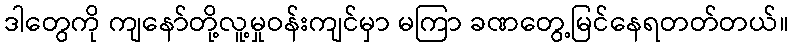
ဒါတွေကို ကျနော်တို့လူ့မှုဝန်းကျင်မှာ မကြာ ခဏတွေ့မြင်နေရတတ်တယ်။